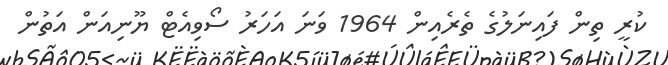
ކުރީ ތިން ފައިނަލުގެ ތެރެއިން 1964 ވަނަ އަހަރު ސޯވިއެޓް ޔޫނިއަން އަތުން